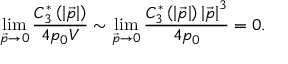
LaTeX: \operatorname * { l i m } _ { \vec { p } \rightarrow 0 } \frac { C _ { 3 } ^ { * } \left( \left| \vec { p } \right| \right) } { 4 p _ { 0 } V } \sim \operatorname * { l i m } _ { \vec { p } \rightarrow 0 } \frac { C _ { 3 } ^ { * } \left( \left| \vec { p } \right| \right) \left| \vec { p } \right| ^ { 3 } } { 4 p _ { 0 } } = 0 .